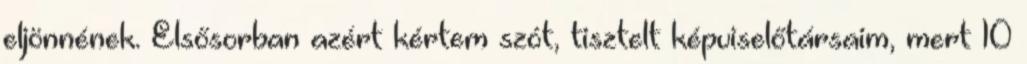
eljönnének. Elsősorban azért kértem szót, tisztelt képviselőtársaim, mert 10